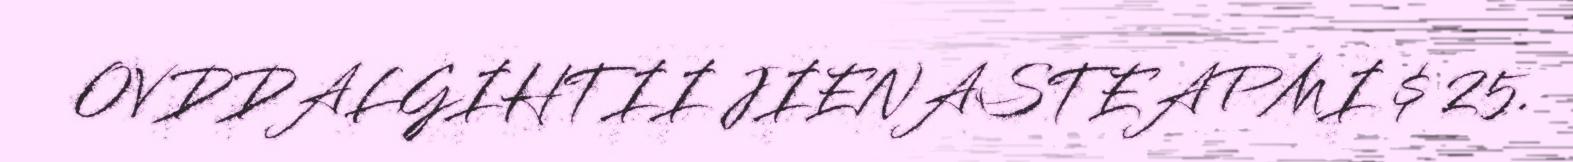
OVDDALGIHTII JIENASTEAPMI $ 25.